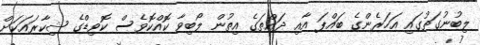
ލިބުނުގަތުގައި އަހަރެންގެ ބައްޕަ އާއި ދައްތަގެ އިތުން ލޯބިވާ ކޮއްކޮވެސް ކޮވިޑްގެ ޝިކާރައަކަށް